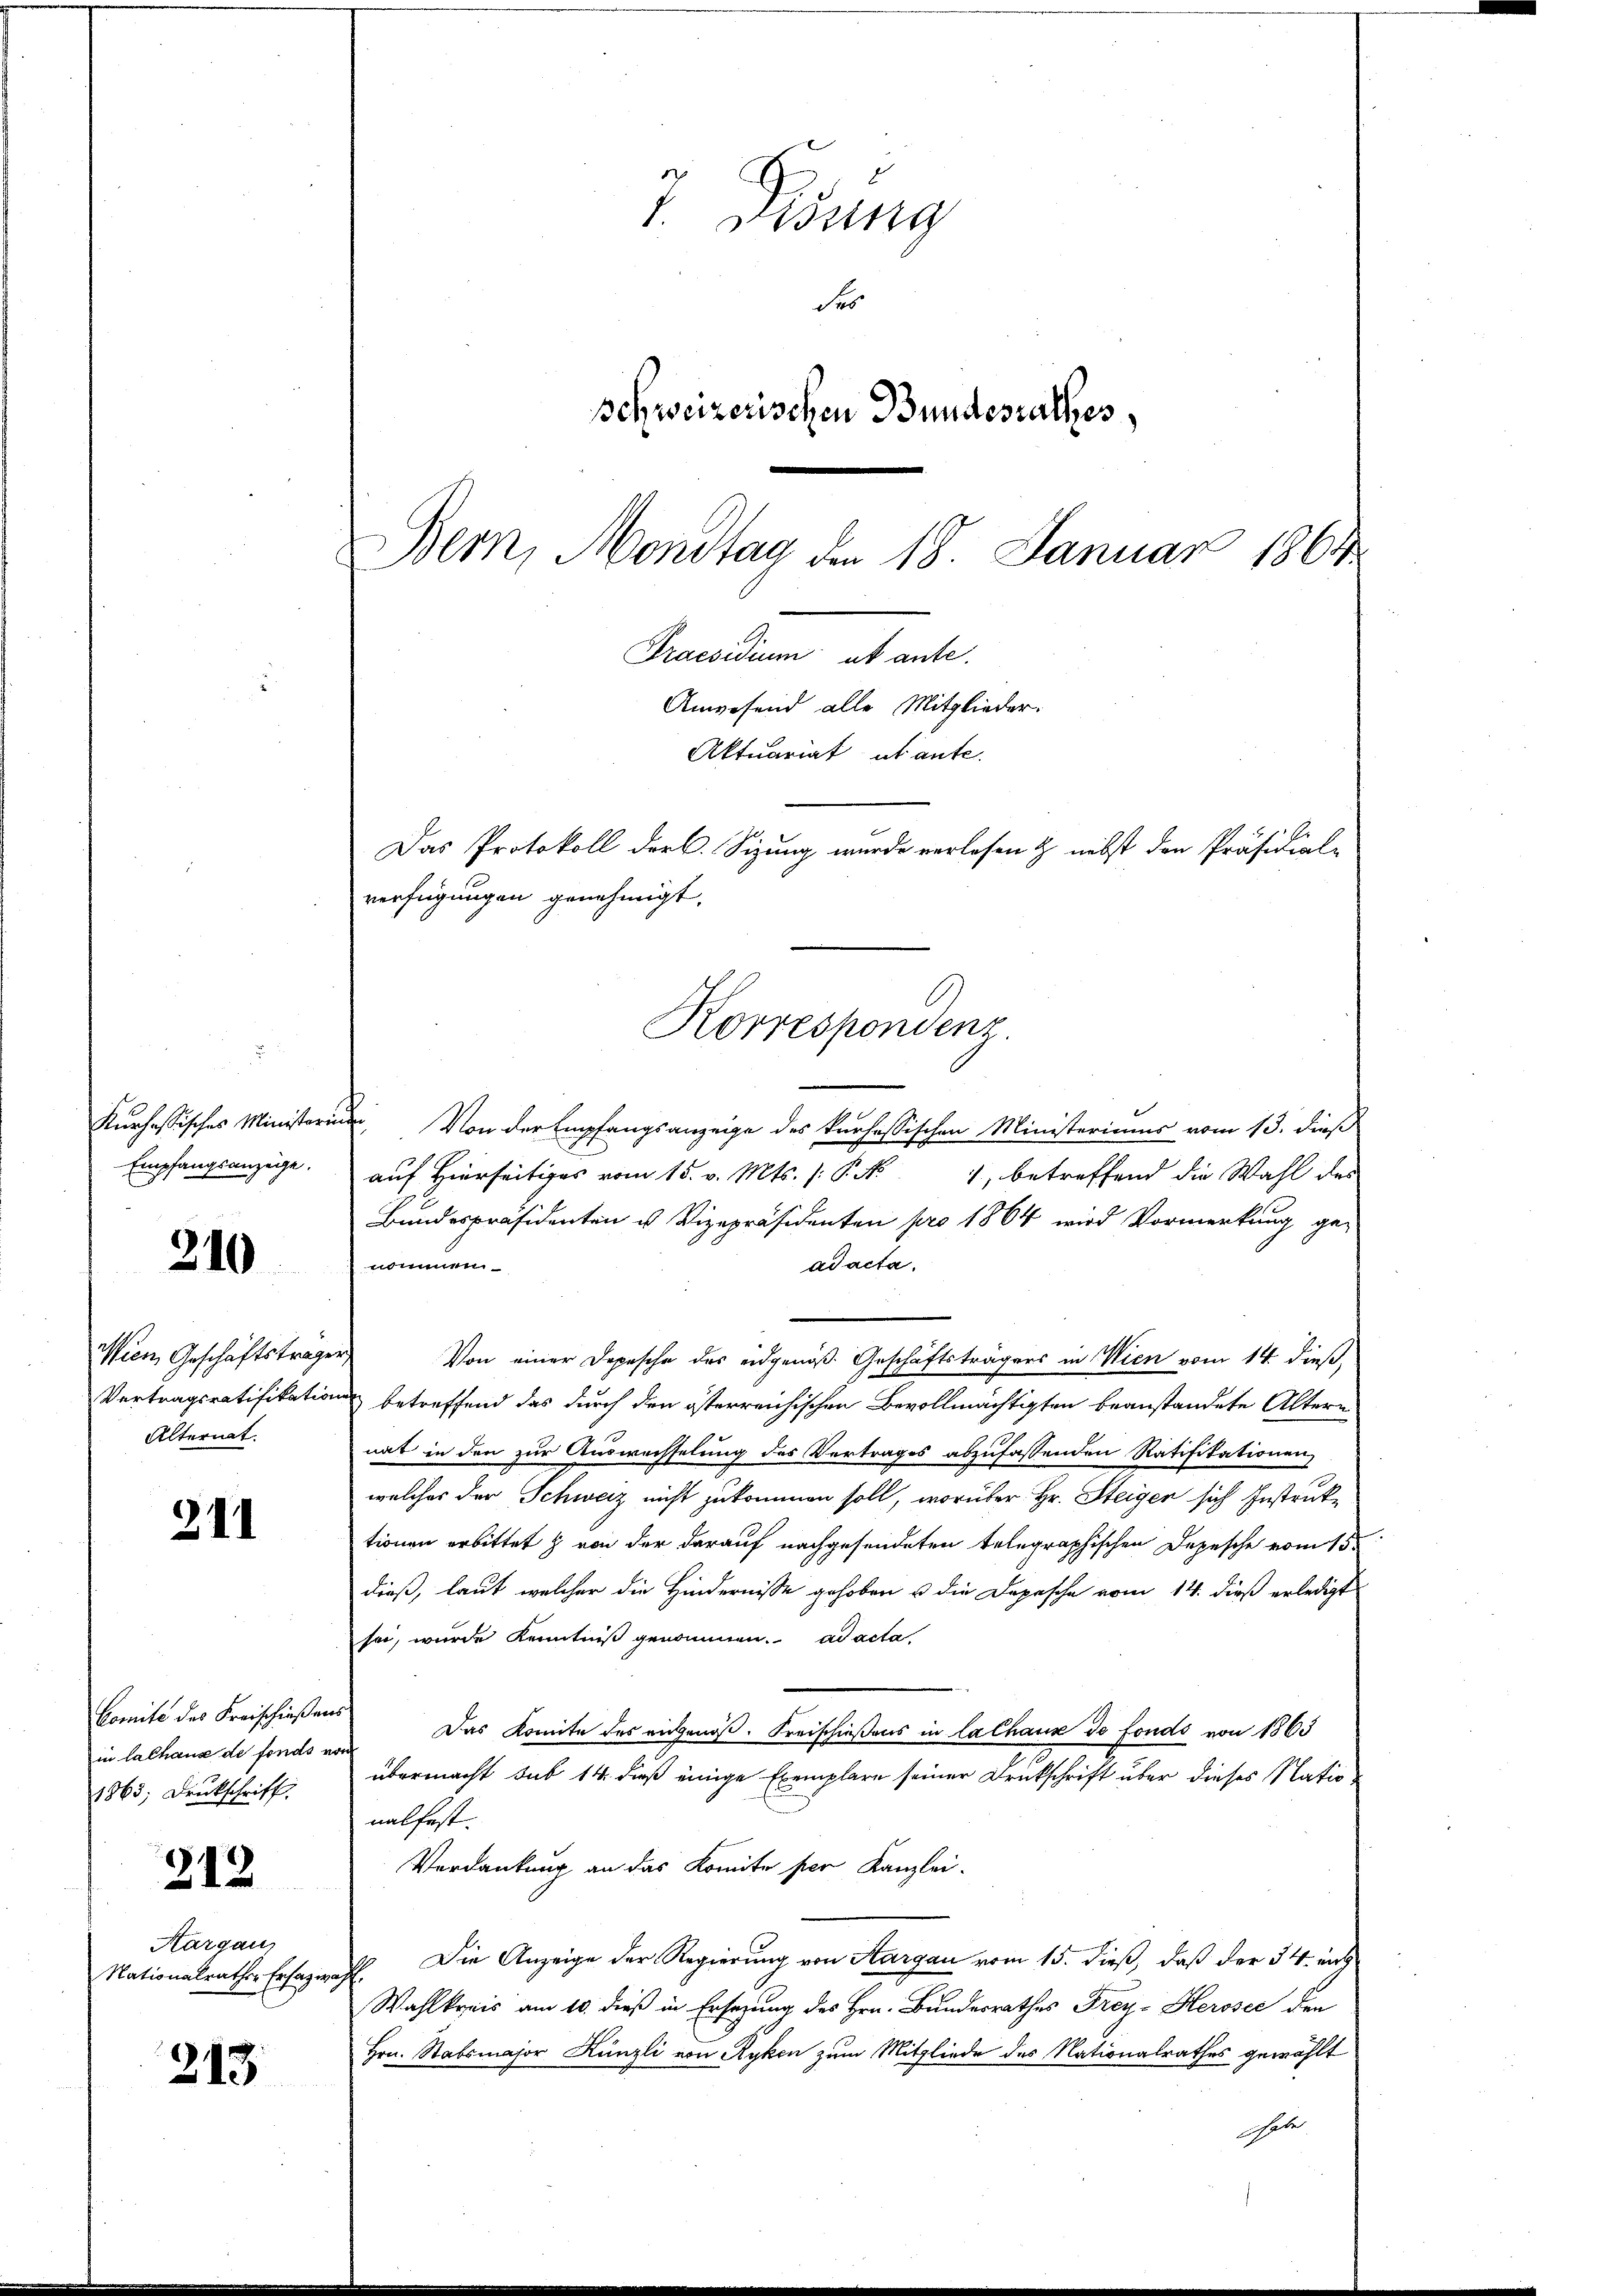
Kurhassisches Ministerie
Empfangsanzeige.

210

Wien Geschäftstrage
Vertragsratifikation
Alternat

211

Comité des Kreischießens
in lachaus de fonds er
1863; Druckschrift.

212

Hargaus
Nationalrathen Erfazie

213

T. Ordung
des
Schweizerischen Bundesrathes,

Bern, Mondtag den 18. Januar 1864
Praesidium ut ante.
Anwesend alle Mitglieder.
Aktuariat abante.
Das Protokoll der k. Sizung wurde verlesen & nebst den Präsidial-
verfügungen genehmigt.
Korrespondenz.

un. Von der Empfangsanzeige des kurhessischen Ministeriums vom 13. dieß
auf Hierseitiges vom 15. v. Mts. (: P. N
1, betreffend die Wahl des
Bundespräsidenten u Vizepräsidenten pro 1864 wird Vormerkung ge-
nommen
ad acta.
d
Von einer Depesche des eidgenöß. Geschäftsträgers in Wien vom 14. dieß,
n betreffend das durch den österreichischen Bevollmächtigten beanstandete Altern
nat in den zur Auswechselung des Vertrages abzufassenden Ratifikationen
welcher der Schweiz nicht zukommen soll, worüber Hr. Steiger sich Instruktionen erbittet & von der darauf nachgesendeten telegraphischen Depesche vom 15t
E
dieß, laut welcher die Hindernisse gehoben u die Depesche vom 14. dieß erledigt
sei, wurde Kenntniß genommen. ad acta,
Das Komite des eidgenöß. Kreischießens in lalhaus de fonds von 1863
übermacht sub 14 dieß einige Exemplare seiner Druckschrift über dieses Nationalfest.
Verdankung an das Komite per Kanzlei-
Die Anzeige der Regierung von Aargau vom 15. dieß, daß der 34. unt
¬
Wahlkreis am 10. dieß in Ersezung des Hrn. Bundesrathes Frey- Herosec den
Hrn. Stabsmajor Künzli von Ryken zum Mitgliede des Nationalrathes gewählt
habe